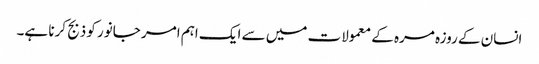
انسان کے روزہ مرہ کے معمولات میں سے ایک اہم امر جانور کو ذبج کرنا ہے۔